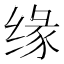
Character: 缘